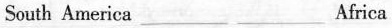
South America ___ ___ Africa